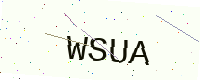
Text: WSUA